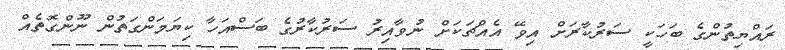
ރައްޔިތުންގެ ބަހަކީ ސަރުކާރަށް އިވޭ އެއްޗަކަށް ނުވާއިރު ސަރުކާރުގެ ބަސްއަހާ ކިޔަމަންގަތުން ނޫންގޮތެއް